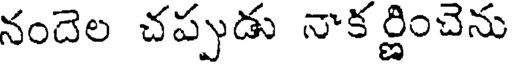
నందెల చప్పుడు నాక ర్ణించెను